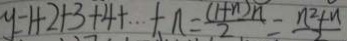
y = 1 + 2 + 3 + 4 + \cdots + n = \frac { ( 1 + n ) n } { 2 } = \frac { n ^ { 2 } + n } { 2 }